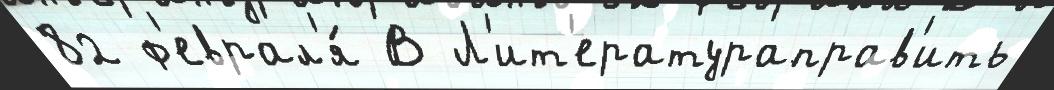
82 ф'еврал'я́ В Л'ит'ератураправ'ить